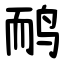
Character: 鸸